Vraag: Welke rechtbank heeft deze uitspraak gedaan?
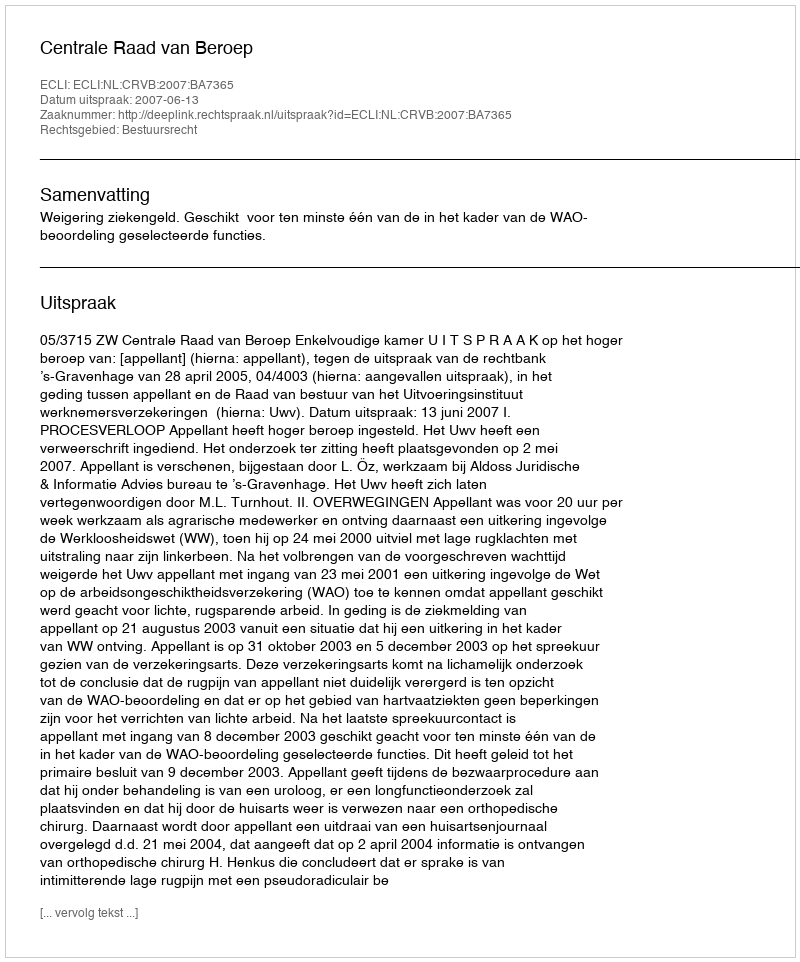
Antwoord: Centrale Raad van Beroep